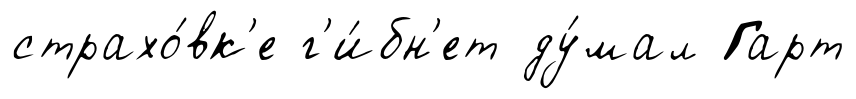
страхо́вк'е г'и́бн'ет ду́мал Гарт